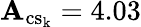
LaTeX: \mathbf{A}_{\mathrm{{{cs_{k}}}}}=4.03